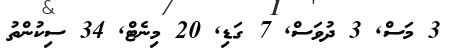
3 މަސް